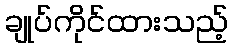
ချုပ်ကိုင်ထားသည့်